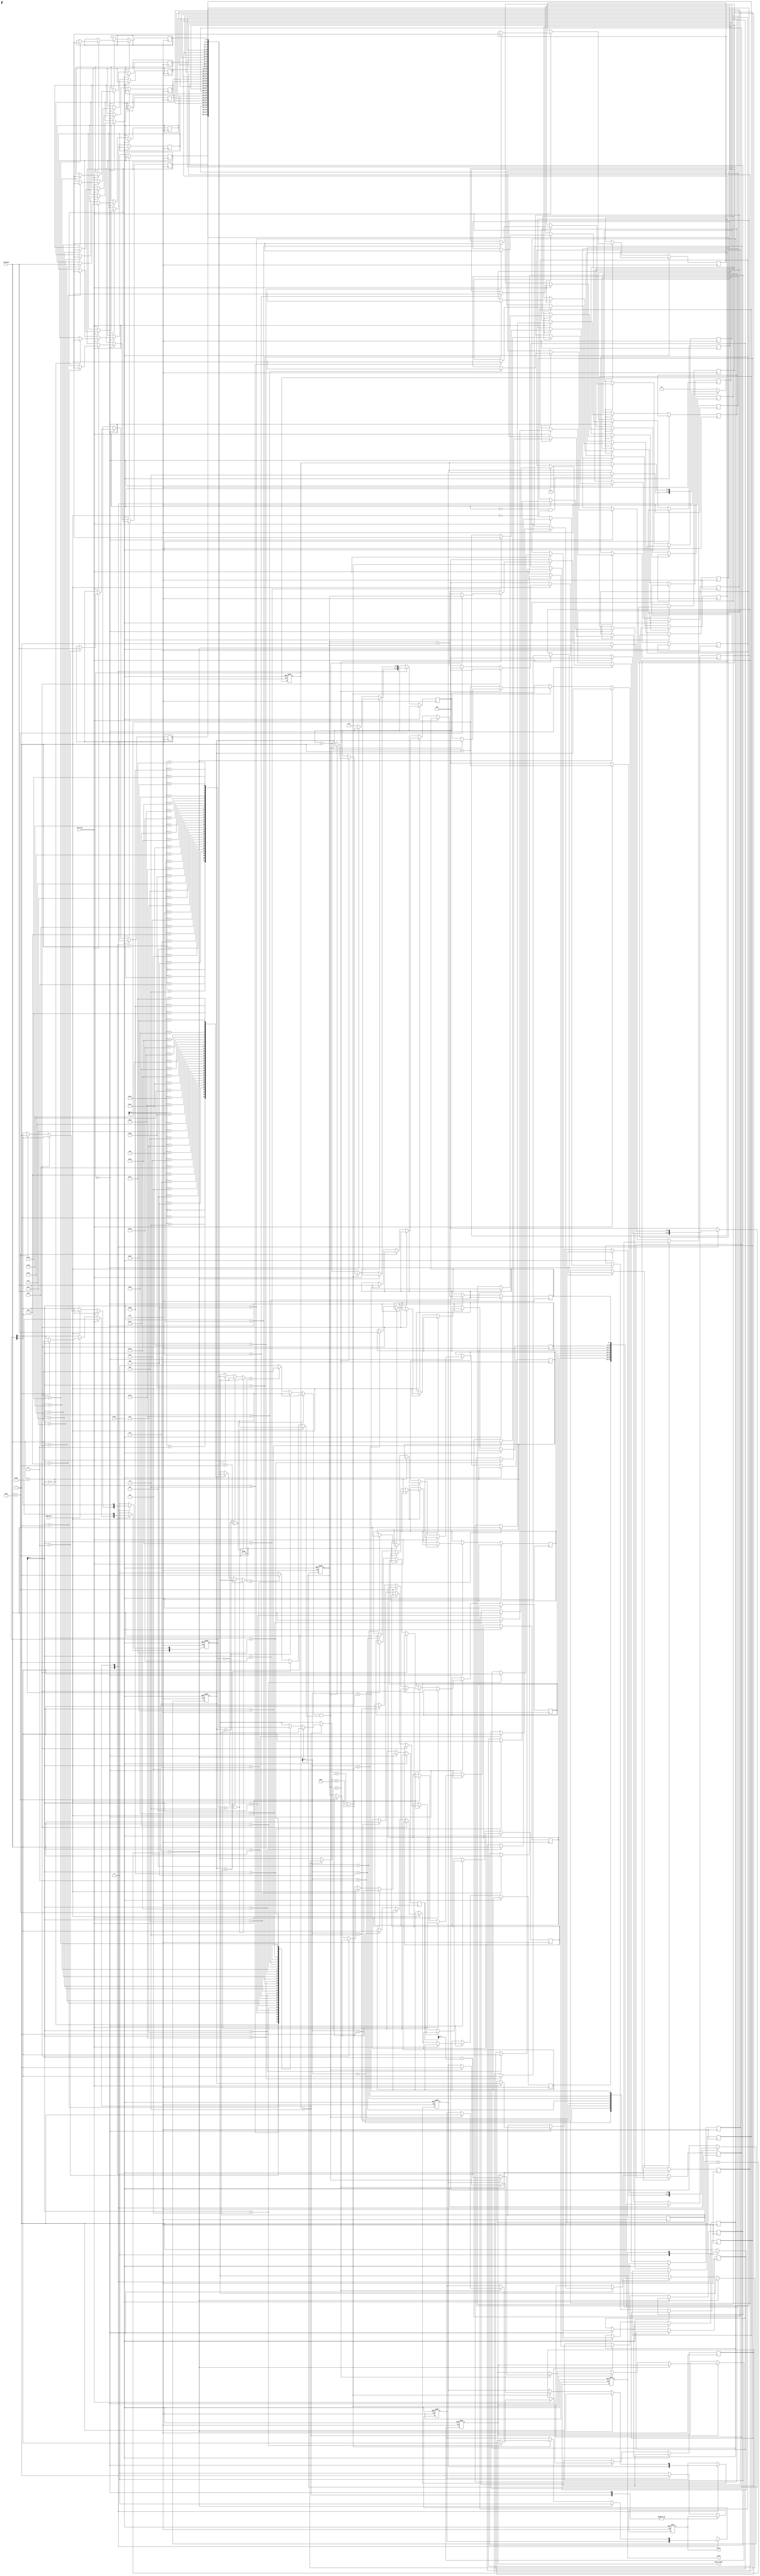
module SME(clk,reset,chardata,isstring,ispattern,valid,match,match_index);
input clk;
input reset;
input [7:0] chardata;
input isstring;
input ispattern;
output match;
output [4:0] match_index;
output valid;

localparam Hat = 8'h5E;
localparam Dollar = 8'h24;
localparam Dot = 8'h2E;
localparam Space = 8'h20;

localparam LOAD = 0;
localparam OUTPUT = 1;
localparam PROCESS = 2;

reg match, valid;
reg [4:0] match_index;

reg [1:0] cur_state, next_state;
reg [7:0] string[31:0], pattern[7:0];
reg [5:0] str_idx, pat_idx;
reg [5:0] str_max, pat_max;
reg [5:0] str_ptr; // where str_idx should go back

reg [1:0] mode; // mode[1]: 1 if met Hat, mode[0] : 1 if met Dollar
reg finish; // end processing
reg success; // is match or not

reg is_H, is_D; // is the pattern matched under Hat/Dollar condition

always @(*) begin
    next_state = cur_state;
    case (cur_state)
        LOAD: if (!isstring && !ispattern) next_state = PROCESS;
        PROCESS: if (finish) next_state = OUTPUT;
        default: next_state = LOAD;
    endcase
end

always @(posedge clk or posedge reset)
begin
    if (reset)begin
        valid <= 0;
        match <= 0;
        match_index <= 5'd0;
        str_idx <= 0;
        pat_idx <= 0;
        mode <= 0;
        success <= 'hx;
        finish <= 0;
    end
    else begin
        case(cur_state)
            LOAD: begin
                valid <= 0;
                str_idx <= 0;
                pat_idx <= 0;
                if(isstring) begin // Read String
                    string[str_idx] <= chardata;
                    str_idx <= str_idx + 1;
                    str_max <= str_idx;
                end
                else if(ispattern) begin // Read Pattern
                    str_idx <= 0;
                    /* Set Mode */
                    if(chardata == Hat) begin
                        mode[1] <= 1;
                    end
                    else if(chardata == Dollar) begin
                        mode[0] <= 1;
                    end
                    else begin // Read pure text
                        pattern[pat_idx] <= chardata;
                        pat_idx <= pat_idx + 1;
                        pat_max <= pat_idx;
                    end
                end
                else begin
                    pat_idx <= 0;
                    str_ptr <= 1;
                end
            end
            PROCESS:begin // assume the "^.$" case
                if (str_idx == str_max + 1) begin // meet the end of the string
                    finish <= 1;
                    success <= 0;
                end
                else if (string[str_idx] == pattern[pat_idx] || pattern[pat_idx] == Dot) begin
                    if(pat_idx == pat_max) begin // the whole pattern (pure text) match
                        if (is_H && is_D) begin // match under specified conditions
                            finish <= 1;
                            match_index <= str_idx - pat_max;
                            success <= 1;
                        end
                        else begin // move the whole pattern forward 1 char
                            pat_idx <= 0;
                            str_idx <= str_ptr;
                            str_ptr <= str_ptr + 1;
                        end
                    end
                    else begin // continue to compare the next char of pattern
                        str_idx <= str_idx + 1;
                        pat_idx <= pat_idx + 1;
                    end
                end
                else begin // move the whole pattern forward 1 char
                    pat_idx <= 0;
                    str_idx <= str_ptr;
                    str_ptr <= str_ptr + 1;
                end
            end
            default: begin
                valid <= 1;
                finish <= 0;
                success <= 'hx;
                if(success) 
                    match <= 1;
                else 
                    match <= 0;
                str_idx <= 0;
                pat_idx <= 0;
                mode <= 0;
            end
        endcase

    end

end

always @(posedge clk or posedge reset) begin
    if (reset) cur_state <= LOAD;
    else cur_state <= next_state;
end

always @(*) begin
    if (mode == 2'b00 || mode == 2'b01) is_H = 1;
    else if (str_idx == pat_max) is_H = 1;
    else if (string[str_idx - pat_max - 1] == Space) is_H = 1;
    else is_H = 0;
        
    if (mode == 2'b00 || mode == 2'b10) is_D = 1;
    else if (str_idx == str_max) is_D = 1;
    else if (string[str_idx + 1] == Space) is_D = 1;
    else is_D = 0;
end

endmodule